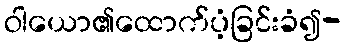
ဝါယော၏ထောက်ပံ့ခြင်းခံ၍-